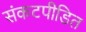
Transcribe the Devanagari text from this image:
संकटपीडित